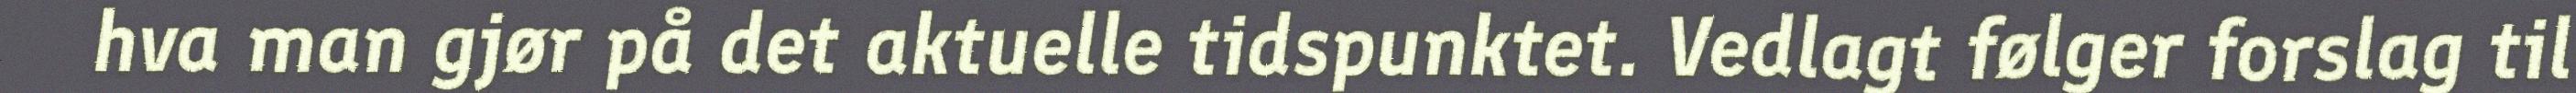
hva man gjør på det aktuelle tidspunktet. Vedlagt følger forslag til